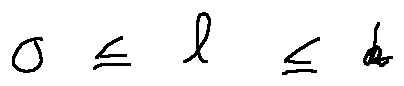
0 \leq l \leq k